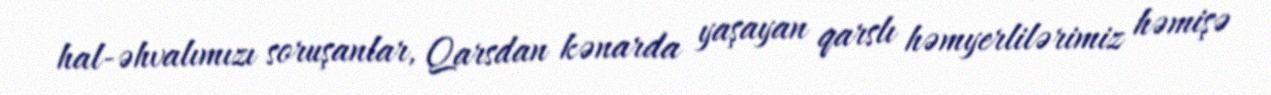
hal-əhvalımızı soruşanlar, Qarsdan kənarda yaşayan qarslı həmyerlilərimiz həmişə